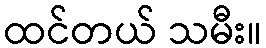
ထင်တယ် သမီး။